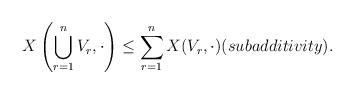
LaTeX: \begin{align*}X\left( \bigcup_{r=1}^n V_r , \cdot \right) \leq \sum_{r=1}^n X(V_r,\cdot ) (subadditivity).\end{align*}